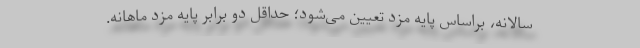
سالانه، براساس پایه مزد تعیین می‌شود؛ حداقل دو برابر پایه مزد ماهانه.